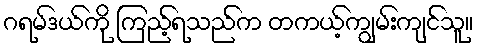
ဂရမ်ဒယ်ကို ကြည့်ရသည်က တကယ့်ကျွမ်းကျင်သူ။